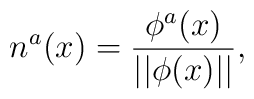
n^a(x)=\frac{\phi ^a(x)}{||\phi (x)||},